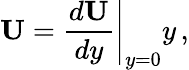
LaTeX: {\mathbf U}=\left.\frac{d{\mathbf U}}{dy}\right|_{y=0}y\, ,